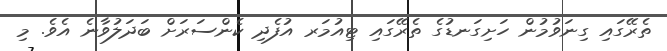
ތެރޭގައި ގިނަވުމުން ހަށިގަނޑުގެ ތެރޭގައި ޓިއުމަރ އުފެދި ކެންސަރަށް ބަދަލުވާނެ އެވެ. މި